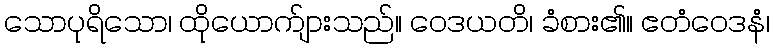
သောပုရိသော၊ ထိုယောက်ျားသည်။ ဝေဒယတိ၊ ခံစား၏။ ဧတံဝေဒနံ၊